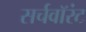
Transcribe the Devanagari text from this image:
सर्चवॉरंट